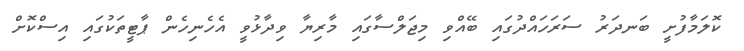
ކޮލަމާފުށީ ބަނދަރު ސަރަހައްދުގައި ބޭއްވި މިޖަލްސާގައި މާރިޔާ ވިދާޅުވީ އެހެނިހެން ޕާޓީތަކުގައި އިސްކޮށް